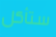
ستأكل